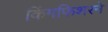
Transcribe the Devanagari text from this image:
किंगफिशरने